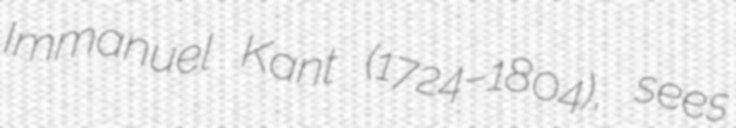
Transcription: Immanuel Kant (1724–1804), sees